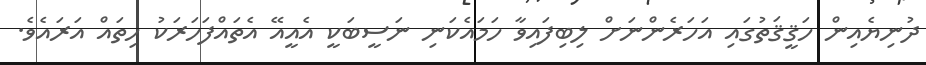
ދުނިޔެއިން ހަޤީޤަތުގައި އަހަރެންނަށް ލިބިފައިވާ ހަމައެކަނި ނަސީބަކީ އެއީއޭ އެތައްފަހަރަކު ހިތައް އަރައެވެ.